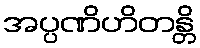
အပ္ပဏိဟိတန္တိ